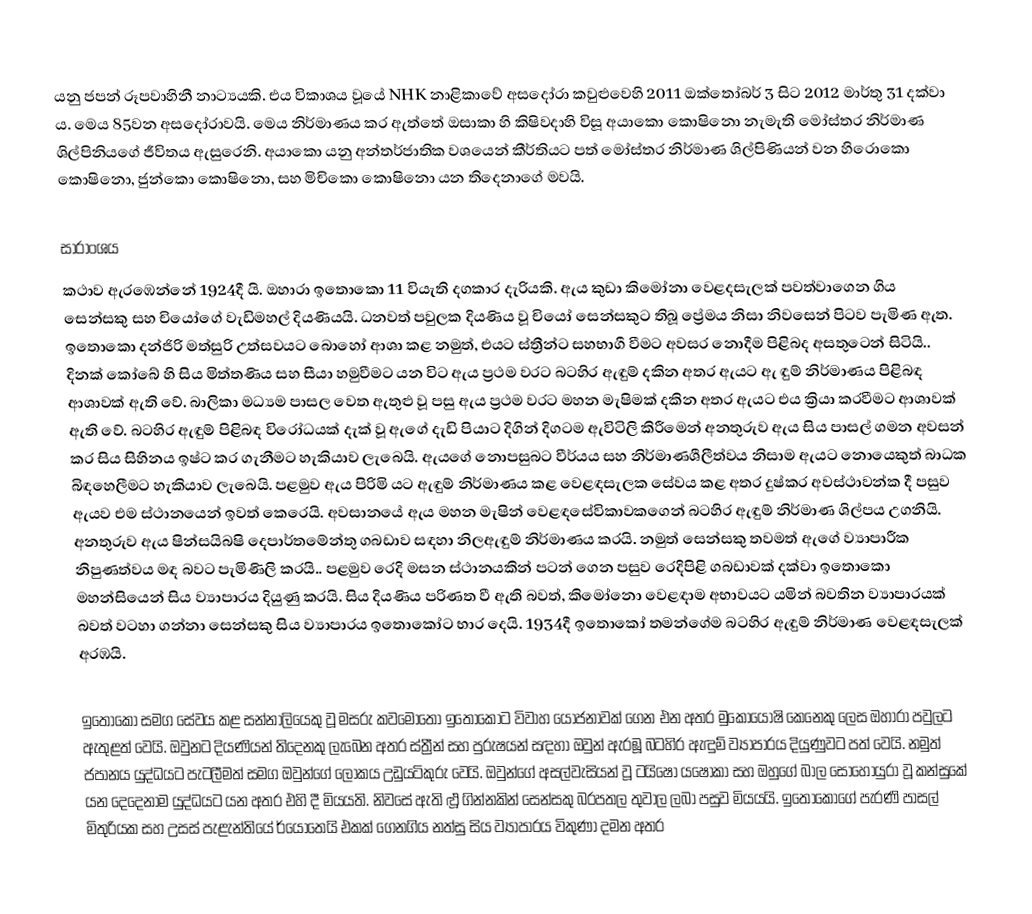
යනු ජපන් රූපවාහිනී නාට්‍යයකි. එය විකාශය වූයේ  NHK නාළිකාවේ අසදෝරා කවුළුවෙහි 2011 ඔක්තෝබර් 3 සිට 2012 මාර්තු 31 දක්වා ය. මෙය 85වන අසදෝරාවයි. මෙය නිර්මාණය කර ඇත්තේ ඔසාකා හි කිෂිවදාහි විසූ අයාකො කොෂිනො නැමැති මෝස්තර නිර්මාණ ශිල්පිනියගේ ජීවිතය ඇසුරෙනි. අයාකො යනු අන්තර්ජාතික වශයෙන් කීර්තියට පත් මෝස්තර නිර්මාණ ශිල්පිණියන් වන  හිරොකො කොෂිනො, ජුන්කො කොෂිනො, සහ මිචිකො කොෂිනො යන තිදෙනාගේ මවයි.

සාරාංශය
කථාව ඇරඹෙන්නේ 1924දී යි. ඔහාරා ඉතොකො  11 වියැති දගකාර දැරියකි. ඇය කුඩා කිමෝනා වෙළදසැලක් පවත්වාගෙන ගිය සෙන්සකු සහ චියෝගේ වැඩිමහල් දියණියයි. ධනවත් පවුලක දියණිය වූ චියෝ සෙන්සකුට තිබූ ප්‍රේමය නිසා නිවසෙන් පිටව පැමිණ ඇත. ඉතොකො දන්ජිරි මත්සුරි උත්සවයට බොහෝ ආශා කළ නමුත්, එයට ස්ත්‍රීන්ට සහභාගී වීමට අවසර නොදීම පිළිබද අසතුටෙන් සිටියි.. දිනක් කෝබේ හි සිය මිත්තණිය සහ සීයා හමුවීමට යන විට ඇය ප්‍රථම වරට බටහිර ඇඳුම් දකින අතර ඇයට ඇ ඳුම් නිර්මාණය පිළිබඳ ආශාවක් ඇති වේ. බාලිකා මධ්‍යම පාසල වෙත ඇතුළු වූ පසු ඇය ප්‍රථම වරට මහන මැෂිමක් දකින අතර ඇයට එය ක්‍රියා කරවීමට ආශාවක් ඇති වේ. බටහිර ඇඳුම් පිළිබඳ විරෝධයක් දැක් වූ ඇගේ දැඩි පියාට දිගින් දිගටම ඇවිටිලි කිරීමෙන් අනතුරුව ඇය සිය පාසල් ගමන අවසන් කර සිය සිහිනය ඉෂ්ට කර ගැනීමට හැකියාව ලැබෙයි. ඇයගේ නොපසුබට වීර්යය සහ නිර්මාණශීලීත්වය නිසාම ඇයට නොයෙකුත් බාධක බිඳහෙලීමට හැකියාව ලැබෙයි. පළමුව ඇය පිරිමි යට ඇඳුම් නිර්මාණය කළ වෙළඳසැලක සේවය කළ අතර දුෂ්කර අවස්ථාවන්ක දී පසුව ඇයව එම ස්ථානයෙන් ඉවත් කෙරෙයි. අවසානයේ ඇය මහන මැෂින් වෙළඳසේවිකාවකගෙන් බටහිර ඇඳුම් නිර්මාණ ශිල්පය උගනියි. අනතුරුව ඇය ෂින්සයිබෂි දෙපාර්තමේන්තු ගබඩාව සඳහා නිලඇඳුම් නිර්මාණය කරයි. නමුත් සෙන්සකු තවමත් ඇගේ ව්‍යාපාරීක නිපුණත්වය මඳ බවට පැමිණිලි කරයි.. පළමුව රෙදි මසන ස්ථානයකින් පටන් ගෙන පසුව රෙදිපිළි ගබඩාවක් දක්වා ඉතො‍කො මහන්සියෙන් සිය ව්‍යාපාරය දියුණු කරයි. සිය දියණිය පරිණත වී ඇති බවත්, කිමෝනො වෙළඳාම අභාවයට යමින් බවතින ව්‍යාපාරයක් බවත් වටහා ගන්නා සෙන්සකු සිය ව්‍යාපාරය ඉතොකෝට භාර දෙයි. 1934දී ඉතොකෝ තමන්ගේම බටහිර ඇඳුම් නිර්මාණ වෙළඳසැලක් අරඹයි.

ඉතොකෝ සමග සේවය කළ සන්නාලියෙකු වූ මසරු කවමොතෝ ඉතොකෝට විවාහ යෝජනාවක් ගෙන එන අතර මුකොයෝෂි කෙනෙකු ලෙස ඔහාරා පවුලට ඇතුළත් වෙයි. ඔවුනට දියණියන් තිදෙනකු ලැබෙන අතර ස්ත්‍රීන් සහ පුරුෂයන් සඳහා ඔවුන් ඇරඹූ බටහිර ඇඳුම් ව්‍යාපාරය දියුණුවට පත් වෙයි. නමුත් ජපානය යුද්ධයට පැටලීමත් සමග ඔවුන්ගේ ලෝකය උඩුයටිකුරු වෙයි. ඔවුන්ගේ අසල්වැසියන් වූ ටයිෂෝ යෂෝකා සහ ඔහුගේ බාල සොහොයුරා වූ කන්සුකේ යන දෙදෙනාම යුද්ධයට යන අතර එහි දී මියයති. නිවසේ ඇති ළුූ ගින්නකින් සෙන්සකු බරපතල තුවාල ලබා පසුව මියයයි. ඉතොකෝගේ පැරණි පාසල් මිතුරියක සහ උසස් පැළැන්තියේ ර්යෝතෙයි එකක් ගෙනගිය නත්සු සිය ව්‍යාපාරය විකුණා දමන අතර